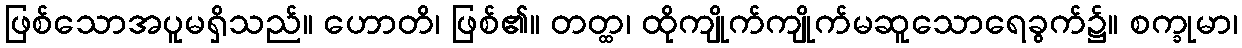
ဖြစ်သောအပူမရှိသည်။ ဟောတိ၊ ဖြစ်၏။ တတ္ထ၊ ထိုကျိုက်ကျိုက်မဆူသောရေခွက်၌။ စက္ခုမာ၊